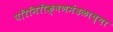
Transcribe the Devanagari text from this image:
परिनिरीक्षणमंडळाच्या